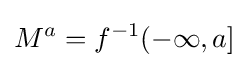
M^{a}=f^{-1}(-\infty ,a]